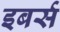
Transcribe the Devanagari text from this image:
इबर्स